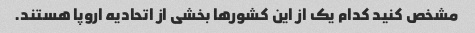
مشخص کنید کدام یک از این کشورها بخشی از اتحادیه اروپا هستند.